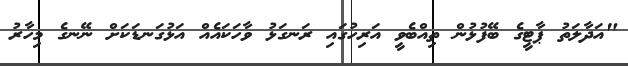
"އަދާލަތު ޕާޓީގެ ބޭފުޅުން ތިއްބެވީ އަރިހުގައި ރަނގަޅު ވާހަކައެއް އަޅުގަނޑަކަށް ނޭނގެ މިހާރު